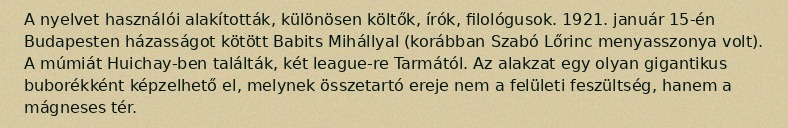
A nyelvet használói alakították, különösen költők, írók, filológusok. 1921. január 15-én Budapesten házasságot kötött Babits Mihállyal (korábban Szabó Lőrinc menyasszonya volt). A múmiát Huichay-ben találták, két league-re Tarmától. Az alakzat egy olyan gigantikus buborékként képzelhető el, melynek összetartó ereje nem a felületi feszültség, hanem a mágneses tér.